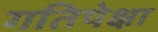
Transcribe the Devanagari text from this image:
गतिपेक्षा